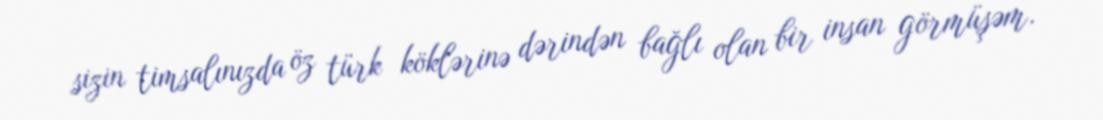
sizin timsalınızda öz türk köklərinə dərindən bağlı olan bir insan görmüşəm.